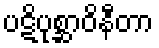
ပဋိပုစ္ဆာဝိနီတာ